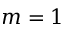
m = 1